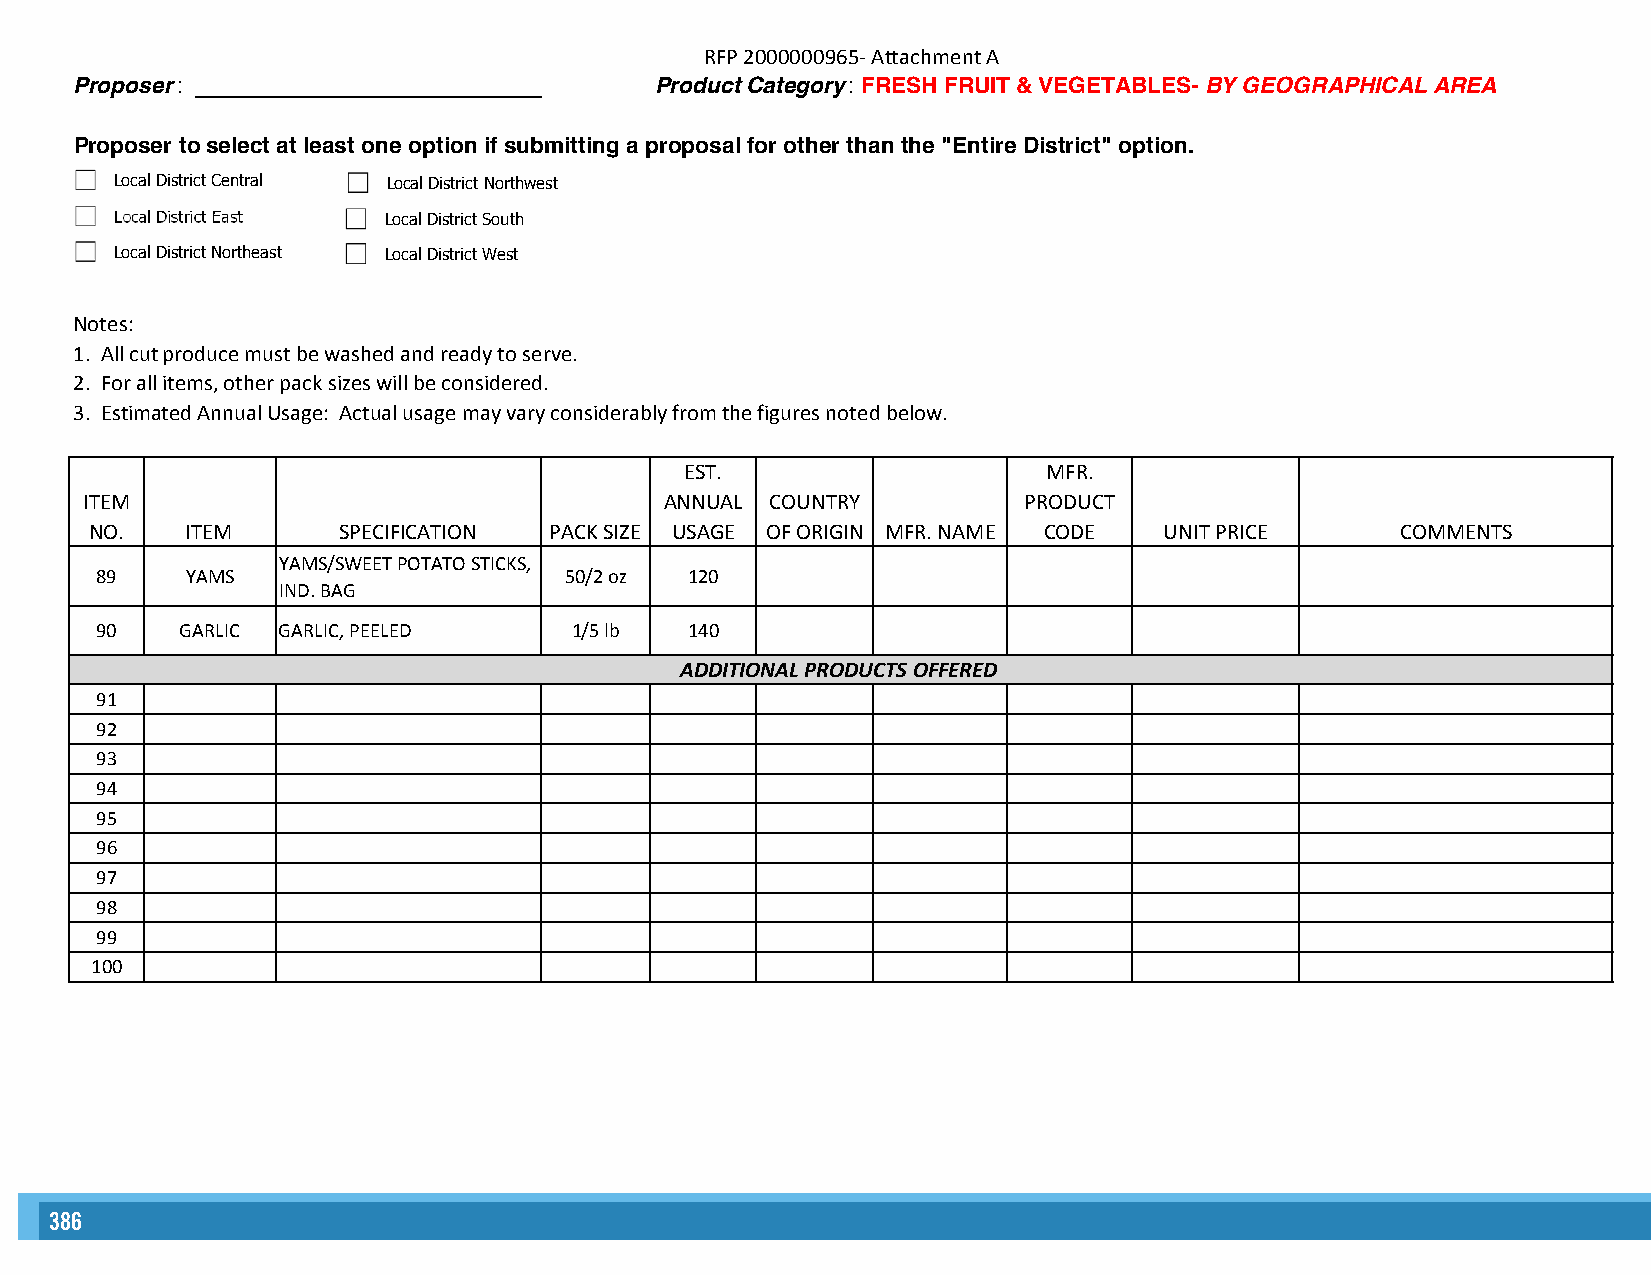
RFP 2000000965- Attachment A
 Proposer: ____________________________ Product Category : FRESH FRUIT & VEGETABLES- BY GEOGRAPHICAL AREA
 Proposer to select at least one option if submitting a proposal for other than the "Entire District" option.
 Local District Central Local District Northwest
 Local District East Local District South
 Local District Northeast Local District West
 Notes:
 1. All cut produce must be washed and ready to serve.
 2. For all items, other pack sizes will be considered.
 3. Estimated Annual Usage: Actual usage may vary considerably from the figures noted below.
 EST.                    MFR.
 ITEM                                   ANNUAL COUNTRY          PRODUCT
 NO.   ITEM      SPECIFICATION PACK SIZE USAGE OF ORIGIN MFR. NAME CODE UNIT PRICE      COMMENTS
 YAMS/SWEET POTATO STICKS,
 89    YAMS                     50/2 oz  120
 IND. BAG
 90    GARLIC GARLIC, PEELED     1/5 lb  140
 ADDITIONAL PRODUCTS OFFERED
 91
 92
 93
 94
 95
 96
 97
 98
 99
 100
 386